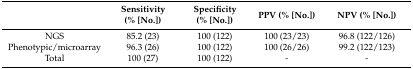
|  | Sensitivity (% [No.]) | Specificity (% [No.]) | PPV (% [No.]) | NPV (% [No.]) |
 | --- | --- | --- | --- | --- |
 | NGS | 85.2 (23) | 100 (122) | 100 (23/23) | 96.8 (122/126) |
 | Phenotypic/microarray | 96.3 (26) | 100 (122) | 100 (26/26) | 99.2 (122/123) |
 | Total | 100 (27) | 100 (122) | - | - |